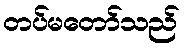
တပ်မတော်သည်